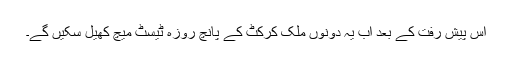
اس پیش رفت کے بعد اب یہ دونوں ملک کرکٹ کے پانچ روزہ ٹیسٹ میچ کھیل سکیں گے۔